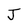
Character: J